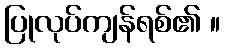
ပြုလုပ်ကျန်ရစ်၏ ။